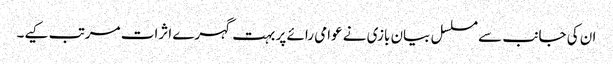
ان کی جانب سے مسلسل بیان بازی نے عوامی رائے پر بہت گہرے اثرات مرتب کیے۔